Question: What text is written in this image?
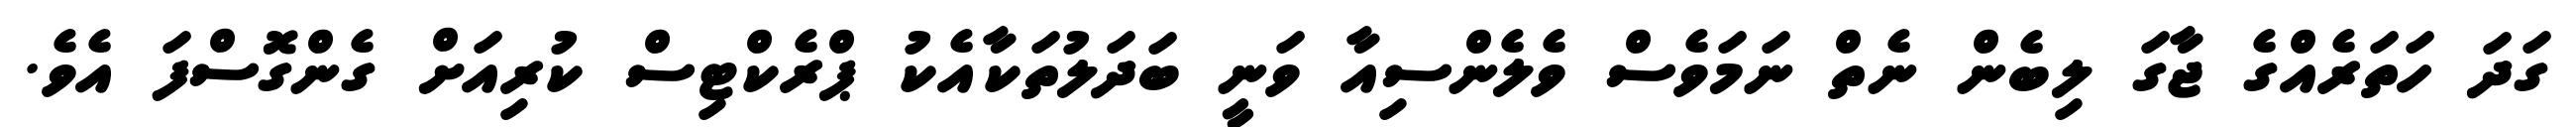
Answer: ގަދަ ހަތަރެއްގެ ޖާގަ ލިބެން ނެތް ނަމަވެސް ވެލެންސިއާ ވަނީ ބަދަލުތަކާއެކު ޕްރެކްޓިސް ކުރިއަށް ގެންގޮސްފަ އެވެ.